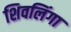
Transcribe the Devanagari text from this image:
शिवलिंगा